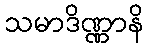
သမာဒိဏ္ဏာနိ